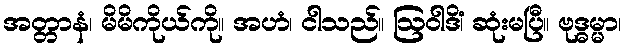
အတ္တာနံ၊ မိမိကိုယ်ကို။ အဟံ၊ ငါသည်။ ဩဝါဒိံ၊ ဆုံးမပြီ။ ဗုဒ္ဓမ္မာ၊